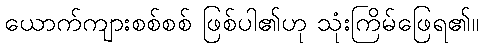
ယောက်ကျားစစ်စစ် ဖြစ်ပါ၏ဟု သုံးကြိမ်ဖြေရ၏။